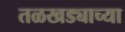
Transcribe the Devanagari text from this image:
तळखड्याच्या